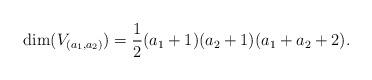
LaTeX: \begin{align*}\dim(V_{(a_1,a_2)}) = \frac{1}{2}(a_1+1)(a_2+1)(a_1+a_2+2). \end{align*}